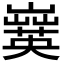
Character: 𡾗